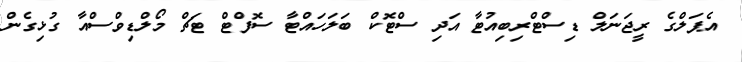
އެޕަލްގެ ރީޖަނަލް ޑިސްޓްރިބިއުޓާ އަދި ސްޓޮކް ބަލަހައްޓާ ސޮފްޓް ޓަޗް މޯލްޑިވްސްއާ ގުޅިގެން